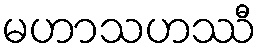
မဟာသဟဿီ